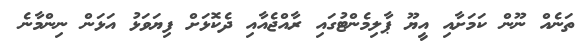
ތަނެއް ނޫން ކަމަށާއި އީޔޫ ޕާލިމެންޓުގައި ރާއްޖެއާއި ދެކޮޅަށް ފިޔަވަޅު އަޅަން ނިންމާނެ